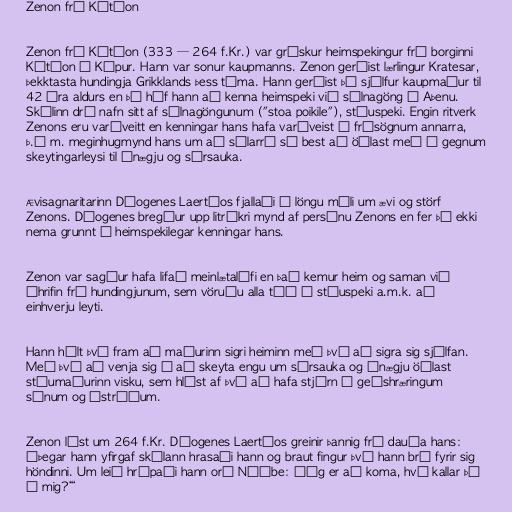
Zenon frá Kítíon

Zenon frá Kítíon (333 — 264 f.Kr.) var grískur heimspekingur frá borginni
Kítíon á Kýpur. Hann var sonur kaupmanns. Zenon gerðist lærlingur Kratesar,
þekktasta hundingja Grikklands þess tíma. Hann gerðist þó sjálfur kaupmaður til
42 ára aldurs en þá hóf hann að kenna heimspeki við súlnagöng í Aþenu.
Skólinn dró nafn sitt af súlnagöngunum ("stoa poikile"), stóuspeki. Engin ritverk
Zenons eru varðveitt en kenningar hans hafa varðveist í frásögnum annarra,
þ.á m. meginhugmynd hans um að sálarró sé best að öðlast með í gegnum
skeytingarleysi til ánægju og sársauka.

Ævisagnaritarinn Díogenes Laertíos fjallaði í löngu máli um ævi og störf
Zenons. Díogenes bregður upp litríkri mynd af persónu Zenons en fer þó ekki
nema grunnt í heimspekilegar kenningar hans.

Zenon var sagður hafa lifað meinlætalífi en það kemur heim og saman við
áhrifin frá hundingjunum, sem vöruðu alla tíð í stóuspeki a.m.k. að
einhverju leyti.

Hann hélt því fram að maðurinn sigri heiminn með því að sigra sig sjálfan.
Með því að venja sig á að skeyta engu um sársauka og ánægju öðlast
stóumaðurinn visku, sem hlýst af því að hafa stjórn á geðshræringum
sínum og ástríðum.

Zenon lést um 264 f.Kr. Díogenes Laertíos greinir þannig frá dauða hans:
„Þegar hann yfirgaf skólann hrasaði hann og braut fingur því hann brá fyrir sig
höndinni. Um leið hrópaði hann orð Níóbe: ‚Ég er að koma, hví kallar þú
á mig?‘“